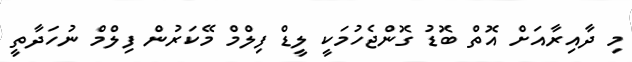
މި ދާއިރާއަށް އޮތް ބޮޑު ގޮންޖެހުމަކީ ލީޑް ފިލްމް މޭކަރުން ފިލްމް ނުހަދާތީ